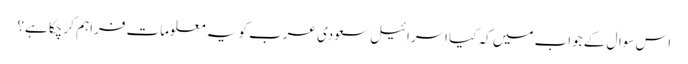
اس سوال کے جواب میں کہ کیا اسرائیل سعودی عرب کو یہ معلومات فراہم کر چکا ہے؟